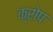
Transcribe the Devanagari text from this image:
क्रोप